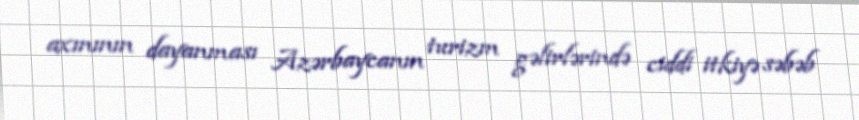
axınının dayanması Azərbaycanın turizm gəlirlərində ciddi itkiyə səbəb